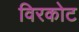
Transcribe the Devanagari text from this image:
विरकोट